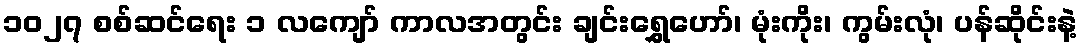
၁၀၂၇ စစ်ဆင်ရေး ၁ လကျော် ကာလအတွင်း ချင်းရွှေဟော်၊ မုံးကိုး၊ ကွမ်းလုံ၊ ပန်ဆိုင်းနဲ့